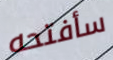
سأفتحه